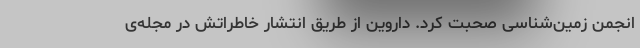
انجمن زمین‌شناسی صحبت کرد. داروین از طریق انتشار خاطراتش در مجله‌ی